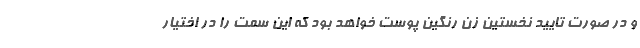
و در صورت تایید نخستین زن رنگین پوست خواهد بود که این سمت را در اختیار